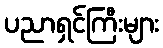
ပညာရှင်ကြီးများ